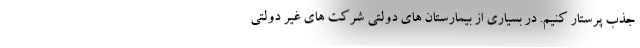
جذب پرستار کنیم. در بسیاری از بیمارستان های دولتی شرکت های غیر دولتی